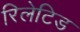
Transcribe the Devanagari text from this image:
रिलेटिड